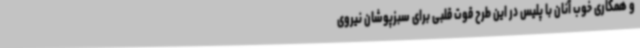
و همکاری خوب آنان با پلیس در این طرح قوت قلبی برای سبزپوشان نیروی